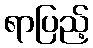
ရာပြည့်